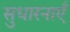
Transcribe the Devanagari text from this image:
सुधारनाएँ